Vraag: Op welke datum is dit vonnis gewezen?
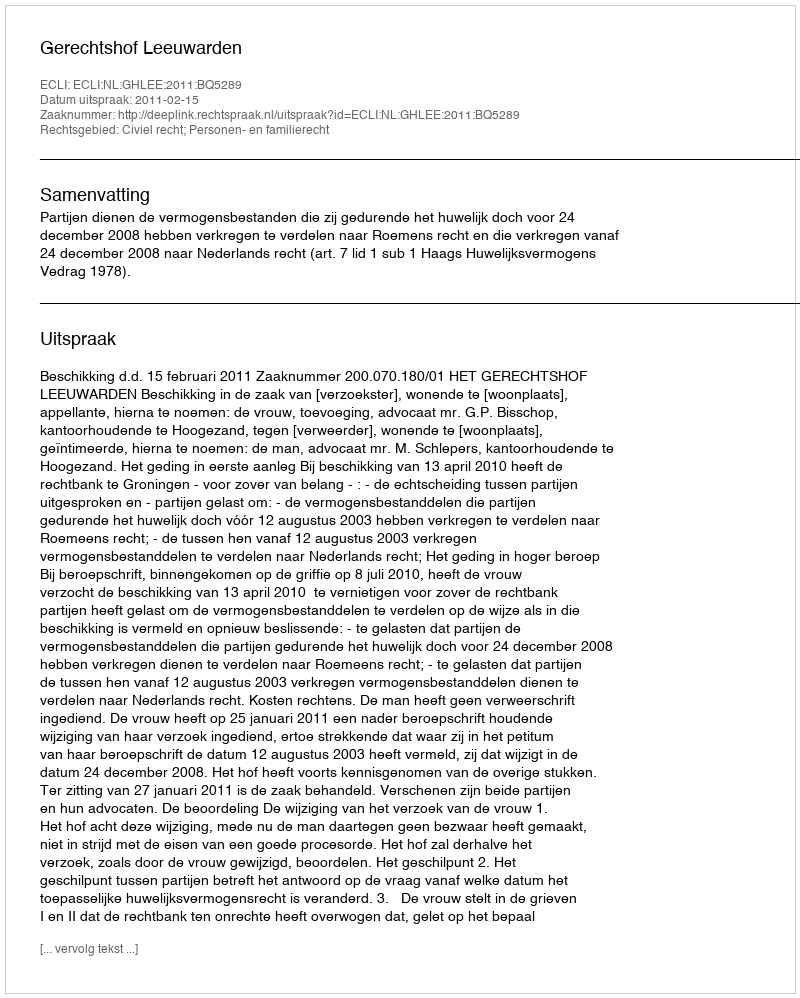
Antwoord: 2011-02-15